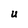
Character: U